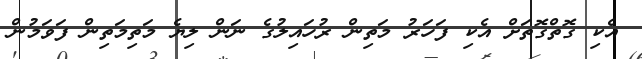
އެކި ގޮތްގޮތަށް އެކި ފަހަރު މަތިން ރުހައިލުގެ ނަން ލިޔެ މަތިމަތިން ފަވަމުން